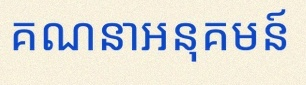
គណនាអនុគមន៍